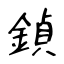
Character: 鍞